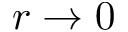
r \to 0